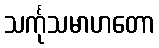
သင်္ကုသမာဟတော